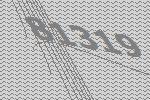
81319